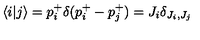
\langle i | j \rangle = p _ { i } ^ { + } \delta ( p _ { i } ^ { + } - p _ { j } ^ { + } ) = J _ { i } \delta _ { J _ { i } , J _ { j } }